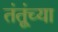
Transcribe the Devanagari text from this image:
तंतूंच्या